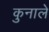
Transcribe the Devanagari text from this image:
कुनाले